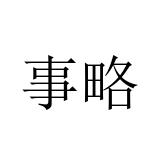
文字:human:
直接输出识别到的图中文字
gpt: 事略